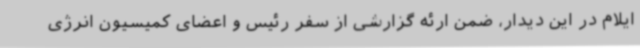
ایلام در این دیدار، ضمن ارئه گزارشی از سفر رئیس و اعضای کمیسیون انرژی